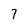
Character: 7